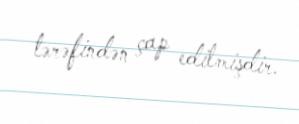
tərəfindən çap edilmişdir.